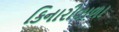
કિનારીવાળા